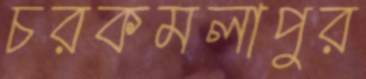
চরকমলাপুর